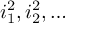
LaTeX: i _ { 1 } ^ { 2 } , i _ { 2 } ^ { 2 } , \dots